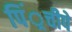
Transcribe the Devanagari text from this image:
पिं्रचीपे